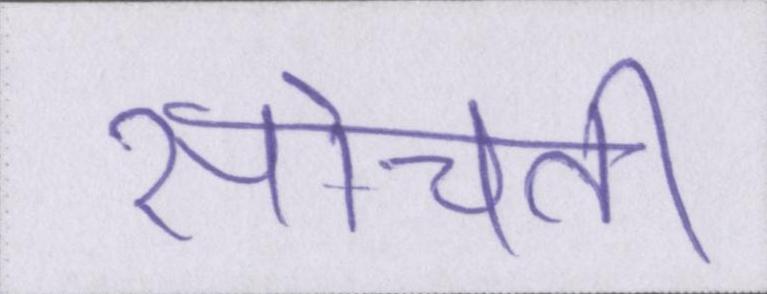
सोचती